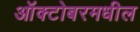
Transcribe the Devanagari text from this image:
ऑक्टोबरमधील